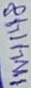
Text: 1N4148